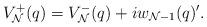
LaTeX: \begin{align*}V^+_{\cal N}(q)=V^-_{\cal N}(q)+iw_{{\cal N}-1}(q)'.\end{align*}